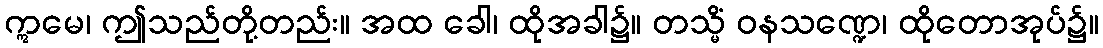
ဣမေ၊ ဤသည်တို့တည်း။ အထ ခေါ၊ ထိုအခါ၌။ တသ္မိံ ဝနသဏ္ဍေ၊ ထိုတောအုပ်၌။